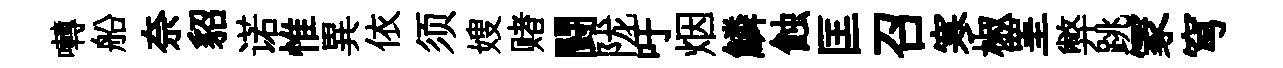
囀船奈貂诺惟異依须嫂赌闘陇吁烟鱗蝕匡召寒椒罣弊跳冡穹